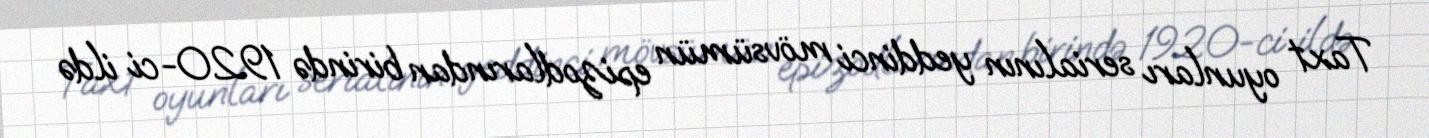
Taxt oyunları serialının yeddinci mövsümün epizodlarından birində 1920-ci ildə